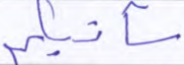
سآتيكم